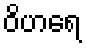
ဝိဟရေ